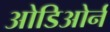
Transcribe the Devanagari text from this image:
ओडिओर्न